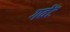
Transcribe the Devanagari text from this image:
गवेंट